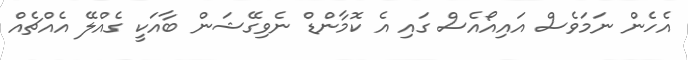
އެހެން ނަމަވެސް އައިއޯއެސް ގައި އެ ކޮމާންޑް ނެވިގޭޝަން ބާއަކީ ގެއްލޭ އެއްޗެއް